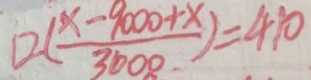
1 2 ( \frac { x - 9 0 0 0 + x } { 3 0 0 0 } ) = 4 1 0